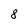
Character: 8